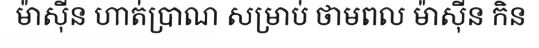
ម៉ាស៊ីន ហាត់ប្រាណ សម្រាប់ ថាមពល ម៉ាស៊ីន កិន